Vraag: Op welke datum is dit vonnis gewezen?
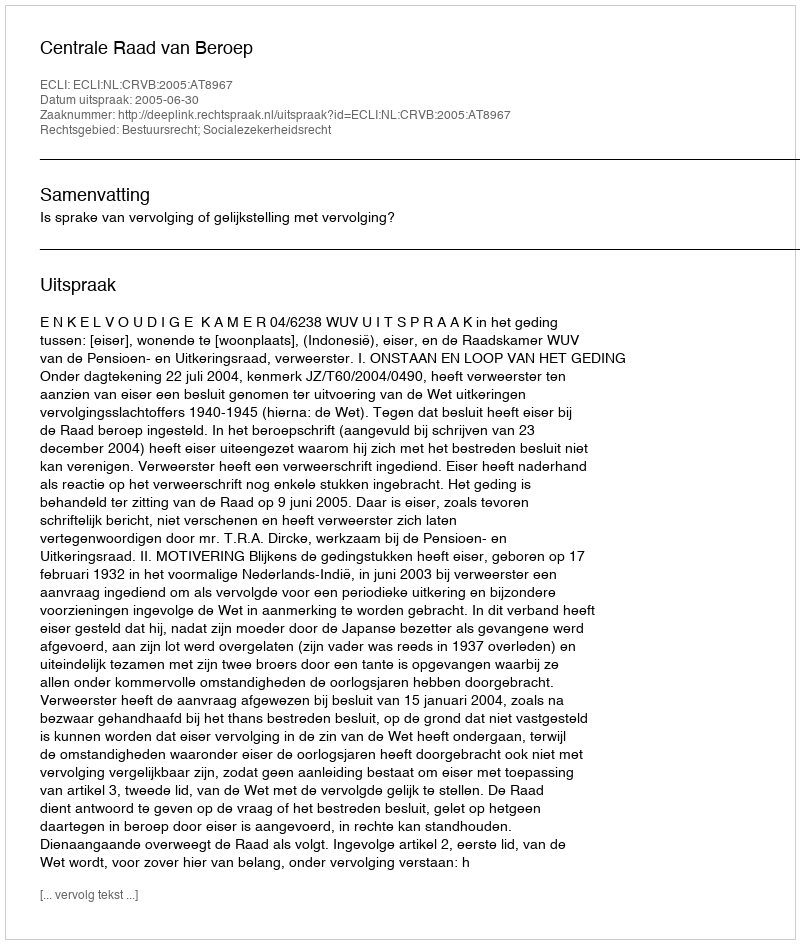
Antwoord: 2005-06-30